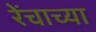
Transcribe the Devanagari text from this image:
रेंचाच्या